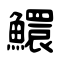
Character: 鱞